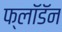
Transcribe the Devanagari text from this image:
फ्लॉडॅन